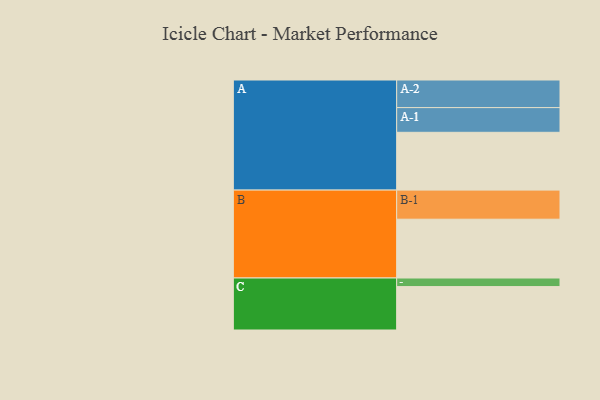
{"axis": {"x": "Segment", "y": "Value"}, "legend": ["", "A", "B", "C"], "data": [{"x": "A", "y": 578, "type": ""}, {"x": "B", "y": 588, "type": ""}, {"x": "C", "y": 434, "type": ""}, {"x": "A-1", "y": 247, "type": "A"}, {"x": "A-2", "y": 276, "type": "A"}, {"x": "B-1", "y": 291, "type": "B"}, {"x": "C-1", "y": 86, "type": "C"}]}